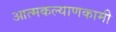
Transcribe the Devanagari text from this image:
आत्मकल्याणकामी